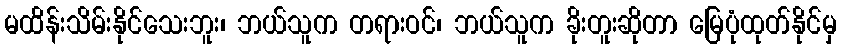
မထိန်းသိမ်းနိုင်သေးဘူး၊ ဘယ်သူက တရားဝင်၊ ဘယ်သူက ခိုးတူးဆိုတာ မြေပုံထုတ်နိုင်မှ